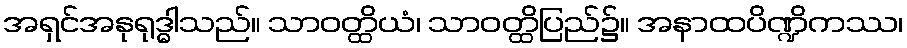
အရှင်အနုရုဒ္ဓါသည်။ သာဝတ္ထိယံ၊ သာဝတ္ထိပြည်၌။ အနာထပိဏ္ဍိကဿ၊